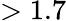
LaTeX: >1.7